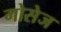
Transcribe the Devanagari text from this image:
गोसेज